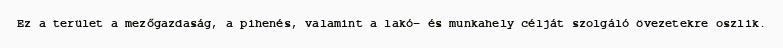
Ez a terület a mezőgazdaság, a pihenés, valamint a lakó- és munkahely célját szolgáló övezetekre oszlik.